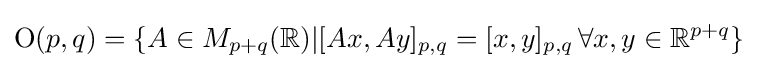
\mathrm {O} (p,q)=\{A\in M_{p+q}(\mathbb {R} )|[Ax,Ay]_{p,q}=[x,y]_{p,q}\,\forall x,y\in \mathbb {R} ^{p+q}\}